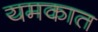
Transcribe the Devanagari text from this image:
यमकात